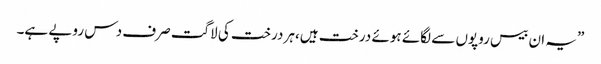
”یہ ان بیس روپوں سے لگائے ہوئے درخت ہیں،ہر درخت کی لاگت صرف دس روپے ہے۔